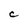
Character: C